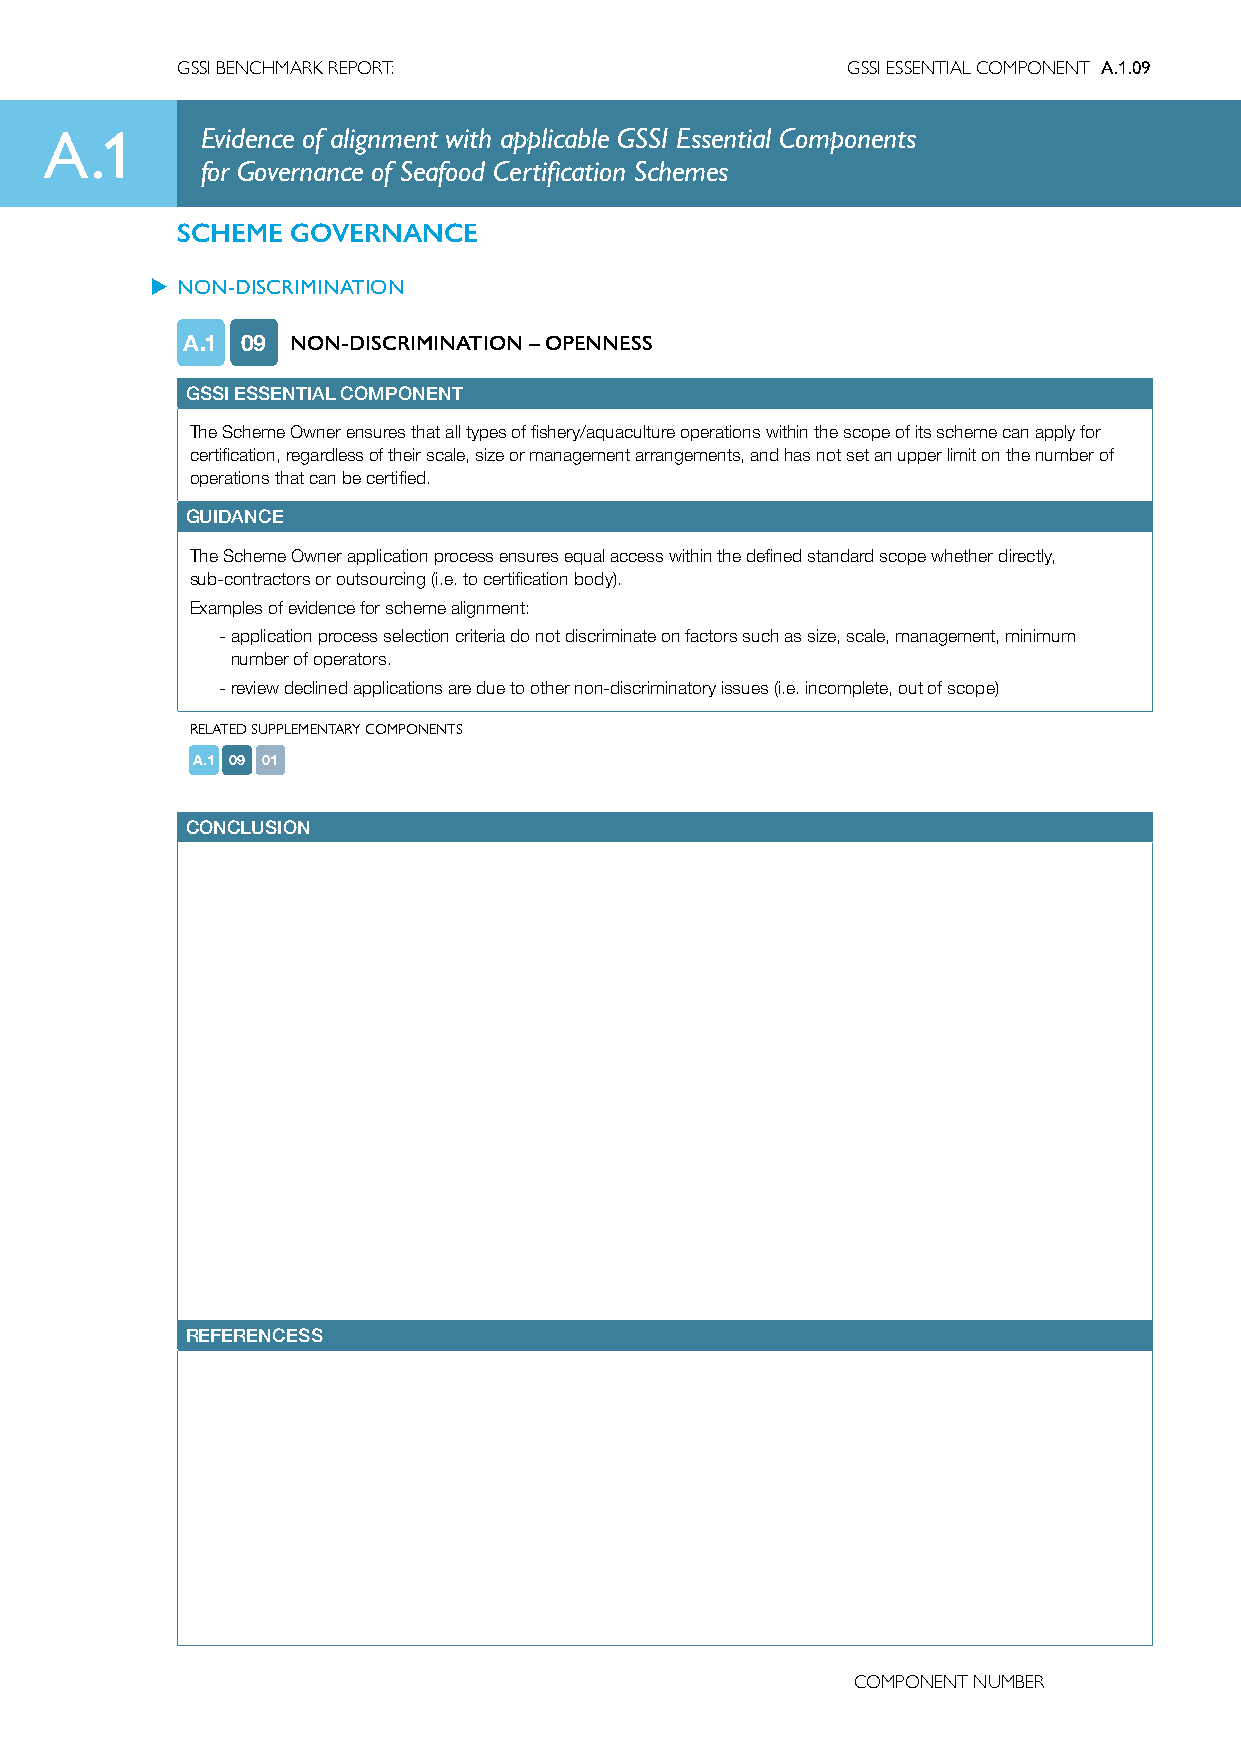
GSSI BENCHMARK REPORT:                      GSSI ESSENTIAL COMPONENT A.1.09
 A.1       Evidence of alignment with applicable GSSI Essential Components
 for Governance of Seafood Certification Schemes
 SCHEME GOVERNANCE
 u NON-DISCRIMINATION
 A.1 09 NON-DISCRIMINATION – OPENNESS
 GSSI ESSENTIAL COMPONENT
 The Scheme Owner ensures that all types of fishery/aquaculture operations within the scope of its scheme can apply for
 certification, regardless of their scale, size or management arrangements, and has not set an upper limit on the number of
 operations that can be certified.
 GUIDANCE
 The Scheme Owner application process ensures equal access within the defined standard scope whether directly,
 sub-contractors or outsourcing (i.e. to certification body).
 Examples of evidence for scheme alignment:
 - application process selection criteria do not discriminate on factors such as size, scale, management, minimum
 number of operators.
 - review declined applications are due to other non-discriminatory issues (i.e. incomplete, out of scope)
 RELATED SUPPLEMENTARY COMPONENTS
 A.1 09 01
 CONCLUSION
 REFERENCESS
 COMPONENT NUMBER